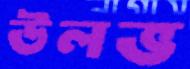
উলভ